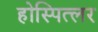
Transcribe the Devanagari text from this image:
होस्पित्लर